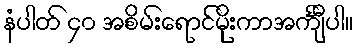
နံပါတ် ၄၀ အစိမ်းရောင်မိုးကာအင်္ကျီပါ။